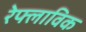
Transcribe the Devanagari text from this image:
रेफ्लाविक